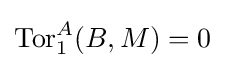
\operatorname {Tor} _{1}^{A}(B,M)=0